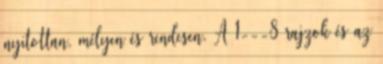
nyitottan, mélyen és rendesen. A 1---8 rajzok és az